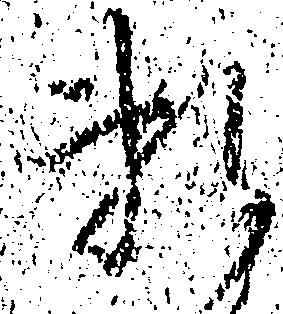
頼